King Institute of Preventive Medicine Bacteriolog. Section reports 1907-08
Year: 1907
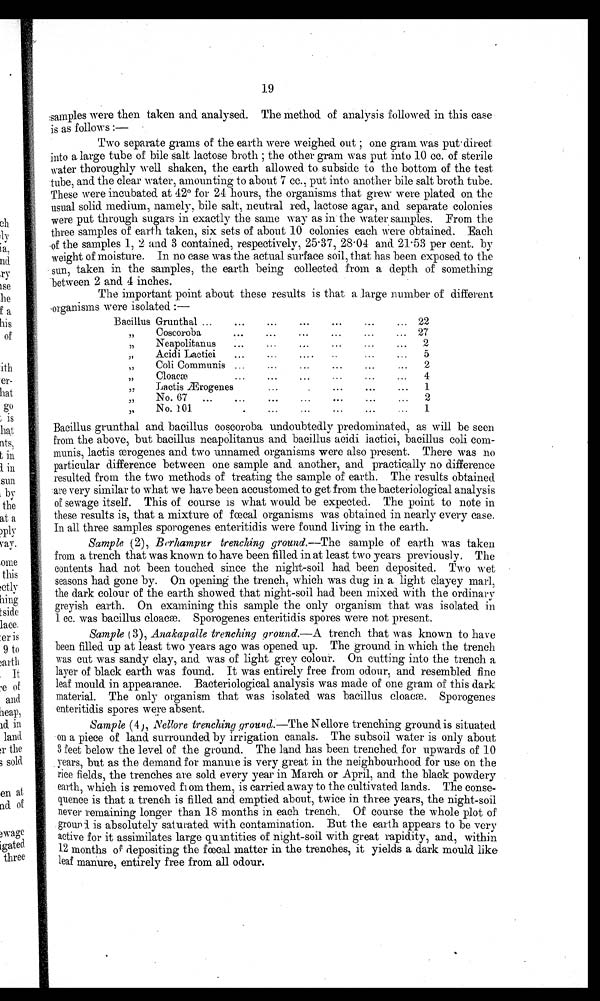
19
samples were then taken and analysed. The method of analysis followed in this case
is as follows :-
Two separate grams of the earth were weighed out ; one gram was put direct
into a large tube of bile salt lactose broth ; the other gram was put into 10 cc. of sterile
water thoroughly well shaken, the earth allowed to subside to the bottom of the test
tube, and the clear water, amounting to about 7 cc., put into another bile salt broth tube.
These were incubated at 42° for 24 hours, the organisms that grew were plated on the
usual solid medium, namely, bile salt. neutral red, lactose agar, and separate colonies
were put through sugars in exactly the same way as in the water samples. From the
three samples of earth taken, six sets of about 10 colonies each were obtained. Each
of the samples 1, 2 and 3 contained, respectively, 25 . 37, 28 . 04 and 21:53 per cent. by
weight of moisture. In no case was the actual surface soil, that has been exposed to the
sun, taken in the samples, the earth being collected from a depth of something
between 2 and 4 inches.
The important point about these results is that a large number of different
organisms were isolated. :—•
BacillusGrunthal ...
...
...
...
...
...
... 22
,,
,,
,,
,,
,,
,,
,,
Coscoroba
Neapolitanus
...
Acidi Lactici
...
Coli Communis ...
Cloacæ
...
Lactis ærogenes
No. 67 ...
...
No. 101
.
...
...
...
...
...
...
...
...
...
...
....
...
...
.
...
...
...
...
...
...
...
...
...
...
...
...
...
...
...
...
...
...
...
,..
...
...
...
27
2
5
2
4
1
2
1
Bacillus grunthal and bacillus coscoroba undoubtedly predominated, as will be seen
from the above, but bacillus neapolitanus and bacillus acidi lactici, bacillus coli
communis, lactis ærogenes and two unnamed organisms were also present. There was no
particular difference between one sample and another, and practically no difference
resulted from the two methods of treating the sample of earth. The results obtained
are very similar to what we have been accustomed to get from the bacteriological analysis
of sewage itself. This of course is what would be expected. The point to note in
these results is, that a mixture of fœcal organisms was obtained in nearly every case.
In all three samples sporogenes enteritidis were found living in the earth.
Sample (2), Borhampur trenching ground.—The sample of earth was taken
from a trench that was known to have been filled in at least two years previously. The
contents had not been touched since the night-soil had been deposited. Two wet
seasons had gone by. On opening the trench, which was dug in a light clayey marl,
the dark colour of the earth showed that night-soil had been mixed with the ordinary
greyish earth. On examining this sample the only organism that was isolated in
1 cc. was bacillus cloacæ. Sporogenes enteritidis spores were not present.
Sample ( 3), Anakapalle trenching ground.—A trench that was known to have
been filled up at least two years ago was opened up. The ground in which the trench
was cut was sandy clay, and was of light grey colour. On cutting into the trench a
layer of black earth was found. It was entirely free from odour, and resembled fine
leaf mould in appearance. Bacteriological analysis was made of one gram of this dark
material. The only organism that was isolated. was bacillus cloacae. Sporogenes
enteritidis spores were absent.
Sample (4 ) , Nellore trenching ground. —The Nellore trenching ground is situated
on a piece of land surrounded by irrigation canals. The subsoil water is only about
3 feet below the level of the ground. The land has been trenched for upwards of 10
years, but as the demand for manure is very great in the neighbourhood for use on the
rice fields, the trenches are sold every year in March or April, and the black powdery
earth, which is removed from them, is carried away to the cultivated lands. The conse-
quence is that a trench is filled. and emptied about, twice in three years, the night-soil
never remaining longer than 18 months in each trench. Of course the whole plot of
. ground i is absolutely saturated with contamination. But the earth appears to be very
active for it assimilates large quantities of night-soil with great rapidity, and, within
12 months of depositing the fœcal matter in the trenches, it yields a dark mould like
leaf manure, entirely free from all odour.